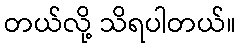
တယ်လို့ သိရပါတယ်။